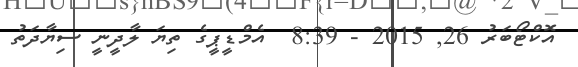
އޮކްޓޯބަރު 26